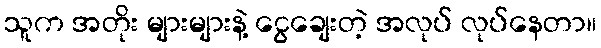
သူက အတိုး များများနဲ့ ငွေချေးတဲ့ အလုပ် လုပ်နေတာ။